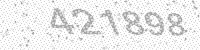
Solution: 421898